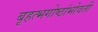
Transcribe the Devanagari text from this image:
बृहत्भगोष्ठांभोवती